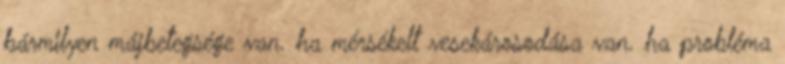
bármilyen májbetegsége van. ha mérsékelt vesekárosodása van. ha probléma